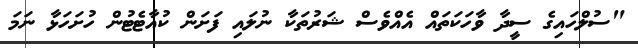
"ސުލްހައިގެ ސީދާ ވާހަކަތައް އެއްވެސް ޝަރުތަކާ ނުލައި ފަށަން ކުއާޓެޓުން ހުށަހަޅާ ނަމަ